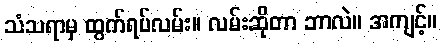
သံသရာမှ ထွက်ရပ်လမ်း။ လမ်းဆိုတာ ဘာလဲ။ အကျင့်။